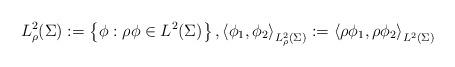
LaTeX: \begin{align*}L^2_\rho(\Sigma) := \left\{ \phi : \rho\phi \in L^2(\Sigma) \right\}, \left< \phi_1,\phi_2\right>_{L^2_\rho(\Sigma)} := \left< \rho\phi_1, \rho\phi_2 \right>_{L^2(\Sigma)}\end{align*}